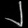
Digit: ၂